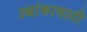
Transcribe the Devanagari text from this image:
उच्चांकासाठी